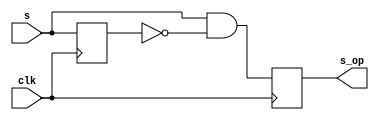
`timescale 1ns/1ps

// useful modules
module onepulse(clk, s, s_op);

	input s, clk;
	output reg s_op;

	reg s_delay;

	always@(posedge clk)begin
		s_op <= s&(!s_delay);
		s_delay <= s;
	end

endmodule

module debounce(clk, s, s_db);

	input s, clk;
	output s_db;

	reg [3:0] DFF;
	
	always@(posedge clk)begin
		DFF[3:1] <= DFF[2:0];
		DFF[0] <= s;
	end

	assign s_db = (DFF == 4'b1111)? 1'b1 : 1'b0;

endmodule

module clk_div #(parameter n = 2)(clk, clk_d);

	input clk;
	output clk_d;

	reg [n-1:0]count;
	wire[n-1:0]next_count;
	
	always@(posedge clk)begin
		count <= next_count;
	end
	
	assign next_count = count + 1;
	assign clk_d = count[n-1];

endmodule